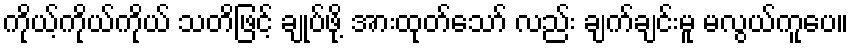
ကိုယ့်ကိုယ်ကိုယ် သတိဖြင့် ချုပ်ဖို့ အားထုတ်သော် လည်း ချက်ချင်းမူ မလွယ်ကူပေ။